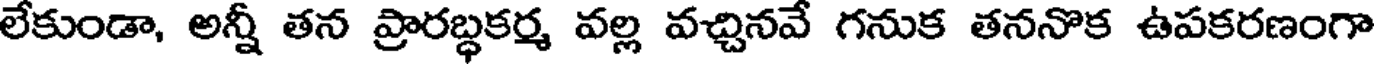
లేకుండా, అన్నీ తన ప్రారబ్ధకర్మ వల్ల వచ్చినవే గనుక తననొక ఉపకరణంగా